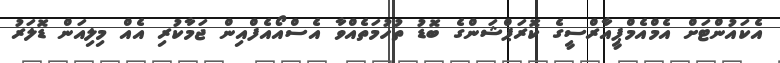
އެކައުންޓަށް އެމްއެމްޕީއާރްސީގެ ކޮރަޕްޝަންގެ ބޮޑު ތުހުމަތެއްވާ އެސްއޯއެފްއިން ޖަމާކުރި އެއް މިލިއަން ޑޮލަރު